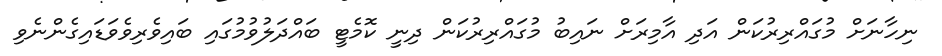
ނިހާނަށް މުގައްރިރުކަން އަދި އާމިރަށް ނައިބު މުގައްރިރުކަން ދިނީ ކޮމެޓީ ބައްދަލުވުމުގައި ބައިވެރިވެވަޑައިގެންނެވި